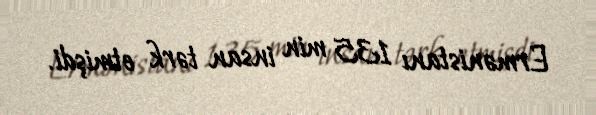
Ermənistanı 135 min insan tərk etmişdi.